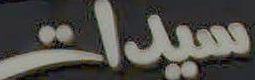
سيدات